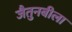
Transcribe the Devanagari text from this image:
जैतुनबीला